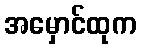
အမှောင်ထုက